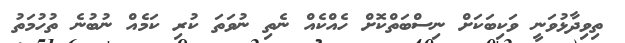
ތިވިދާޅުވަނީ ވަކިބަކަށް ނިސްބަތްކޮށް ހެއްކެއް ނެތި ނުވަތަ ކުރި ކަމެއް ނުބުނެ ތުހުމަތު